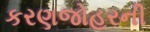
કરણજોહરની